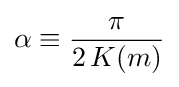
\alpha \equiv {\frac {\pi }{2\,K(m)}}